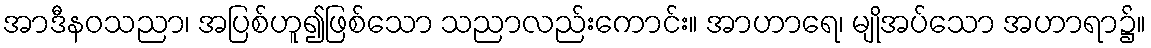
အာဒီနဝသညာ၊ အပြစ်ဟူ၍ဖြစ်သော သညာလည်းကောင်း။ အာဟာရေ၊ မျိုအပ်သော အဟာရာ၌။